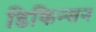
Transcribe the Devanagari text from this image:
डिकिन्‍सन